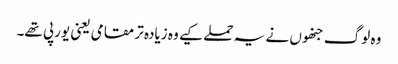
وہ لوگ جنھوں نے یہ حملے کیے وہ زیادہ تر مقامی یعنی یورپی تھے۔